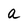
Character: a